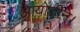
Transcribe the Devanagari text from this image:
आयोडीन।